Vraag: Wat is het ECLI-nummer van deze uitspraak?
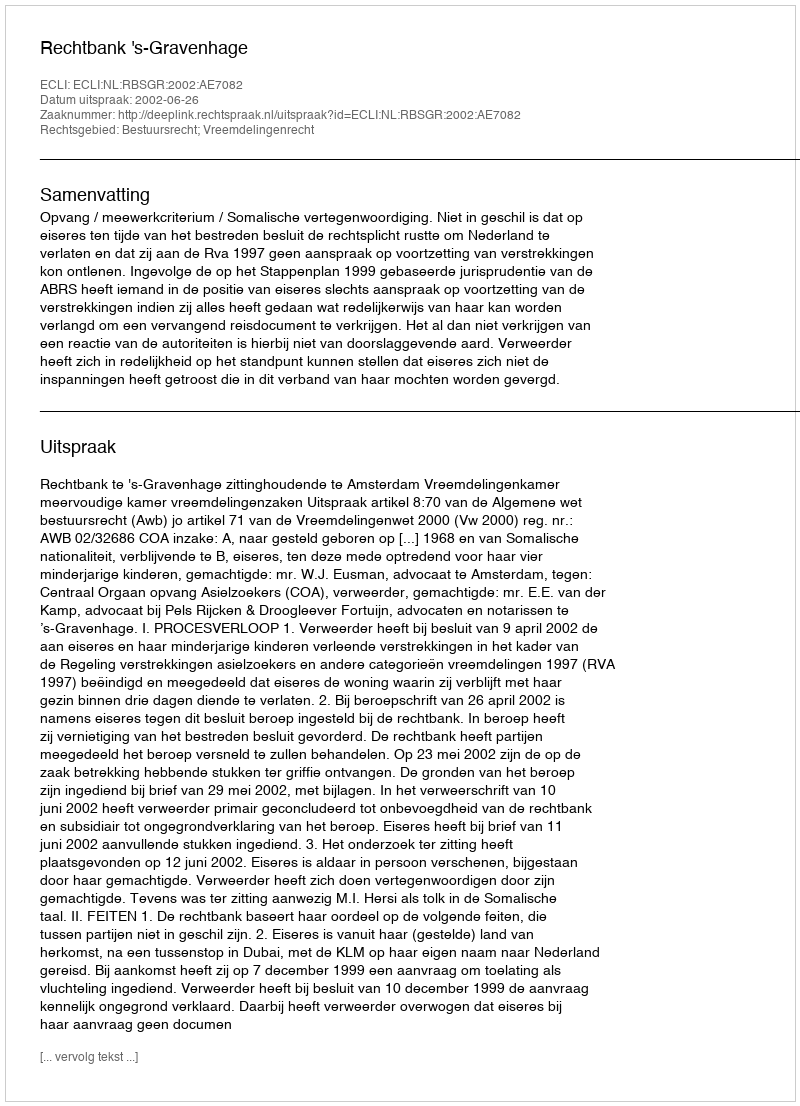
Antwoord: ECLI:NL:RBSGR:2002:AE7082